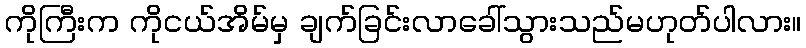
ကိုကြီးက ကိုငယ်အိမ်မှ ချက်ခြင်းလာခေါ်သွားသည်မဟုတ်ပါလား။